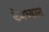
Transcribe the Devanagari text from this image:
केमध्यस्त